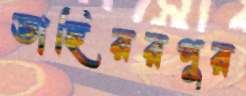
তাহিররপুর